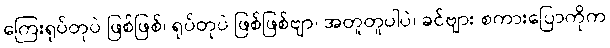
ကြေးရုပ်တုပဲ ဖြစ်ဖြစ်၊ ရုပ်တုပဲ ဖြစ်ဖြစ်ဗျာ၊ အတူတူပါပဲ၊ ခင်ဗျား စကားပြောကိုက